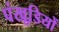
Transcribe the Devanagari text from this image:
पंखूडि़यों